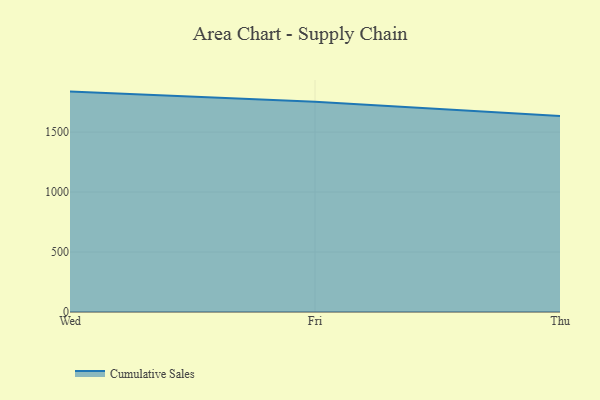
{"axis": {"x": "Day", "y": "Churn Rate (%)"}, "legend": ["Cumulative Sales"], "data": [{"x": "Wed", "y": 1837.2, "type": "Cumulative Sales"}, {"x": "Fri", "y": 1753.0, "type": "Cumulative Sales"}, {"x": "Thu", "y": 1633.4, "type": "Cumulative Sales"}]}